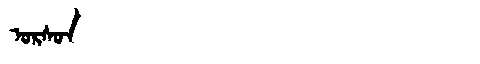
Manchu: ᠣᡵᠰᠣᠨ
Romanization: ORSON